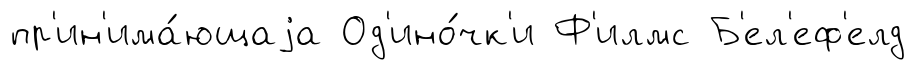
пр'ин'има́ющаjа Од'ино́чк'и Ф'илмс Б'ел'еф'елд